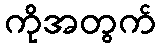
ကိုအတွက်